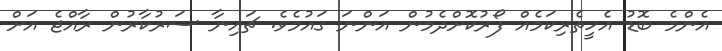
އެންމެ ބޮޑު އެހީތެރިކަމެއް ފޯރުކޮށްދެމުން އަންނަ ގައުމެވެ. ޗައިނާ ސަރުކާރުން ރާއްޖެ އަށް